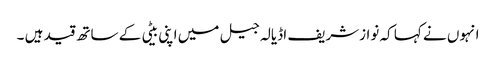
انہوں نے کہا کہ نوازشریف اڈیالہ جیل میں اپنی بیٹی کے ساتھ قید ہیں ۔